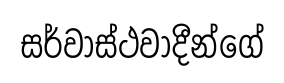
සර්වාස්ථවාදීන්ගේ